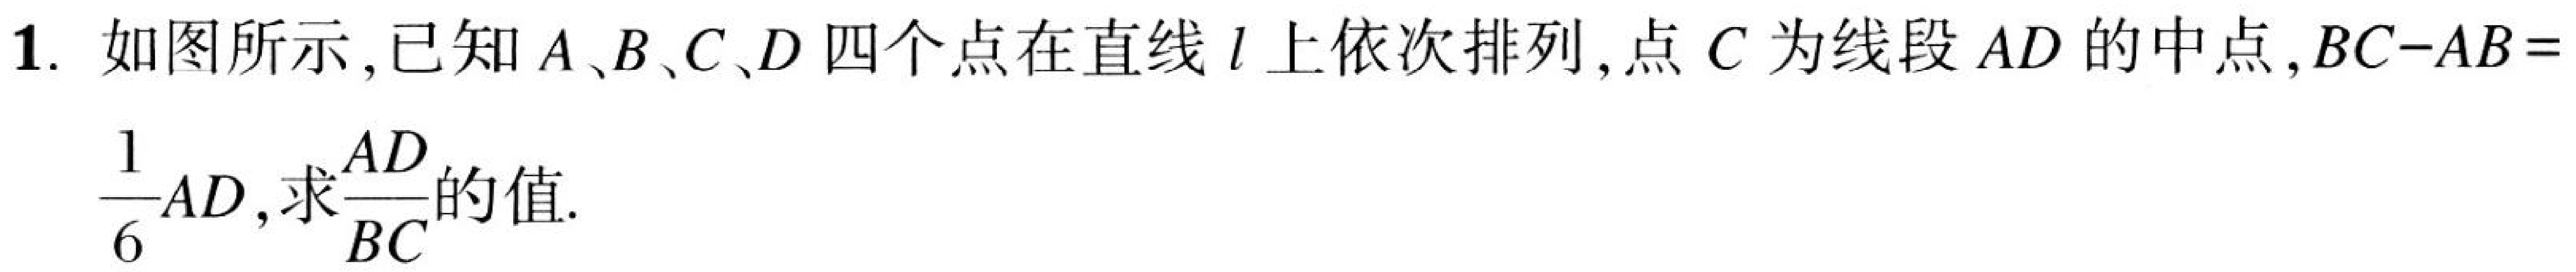
1. 如图所示，已知 \(A\)、\(B\)、\(C\)、\(D\) 四个点在直线 \(l\) 上依次排列，点 \(C\) 为线段 \(AD\) 的中点，\(BC - AB =\)
\(\frac{1}{6}AD\)，求 \(\frac{AD}{BC}\) 的值.